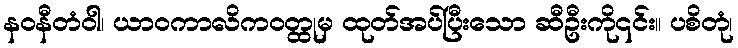
နဝနီတံဝါ၊ ယာဝကာလိကဝတ္ထုမှ ထုတ်အပ်ပြီးသော ဆီဦးကို၎င်း။ ပစိတုံ၊